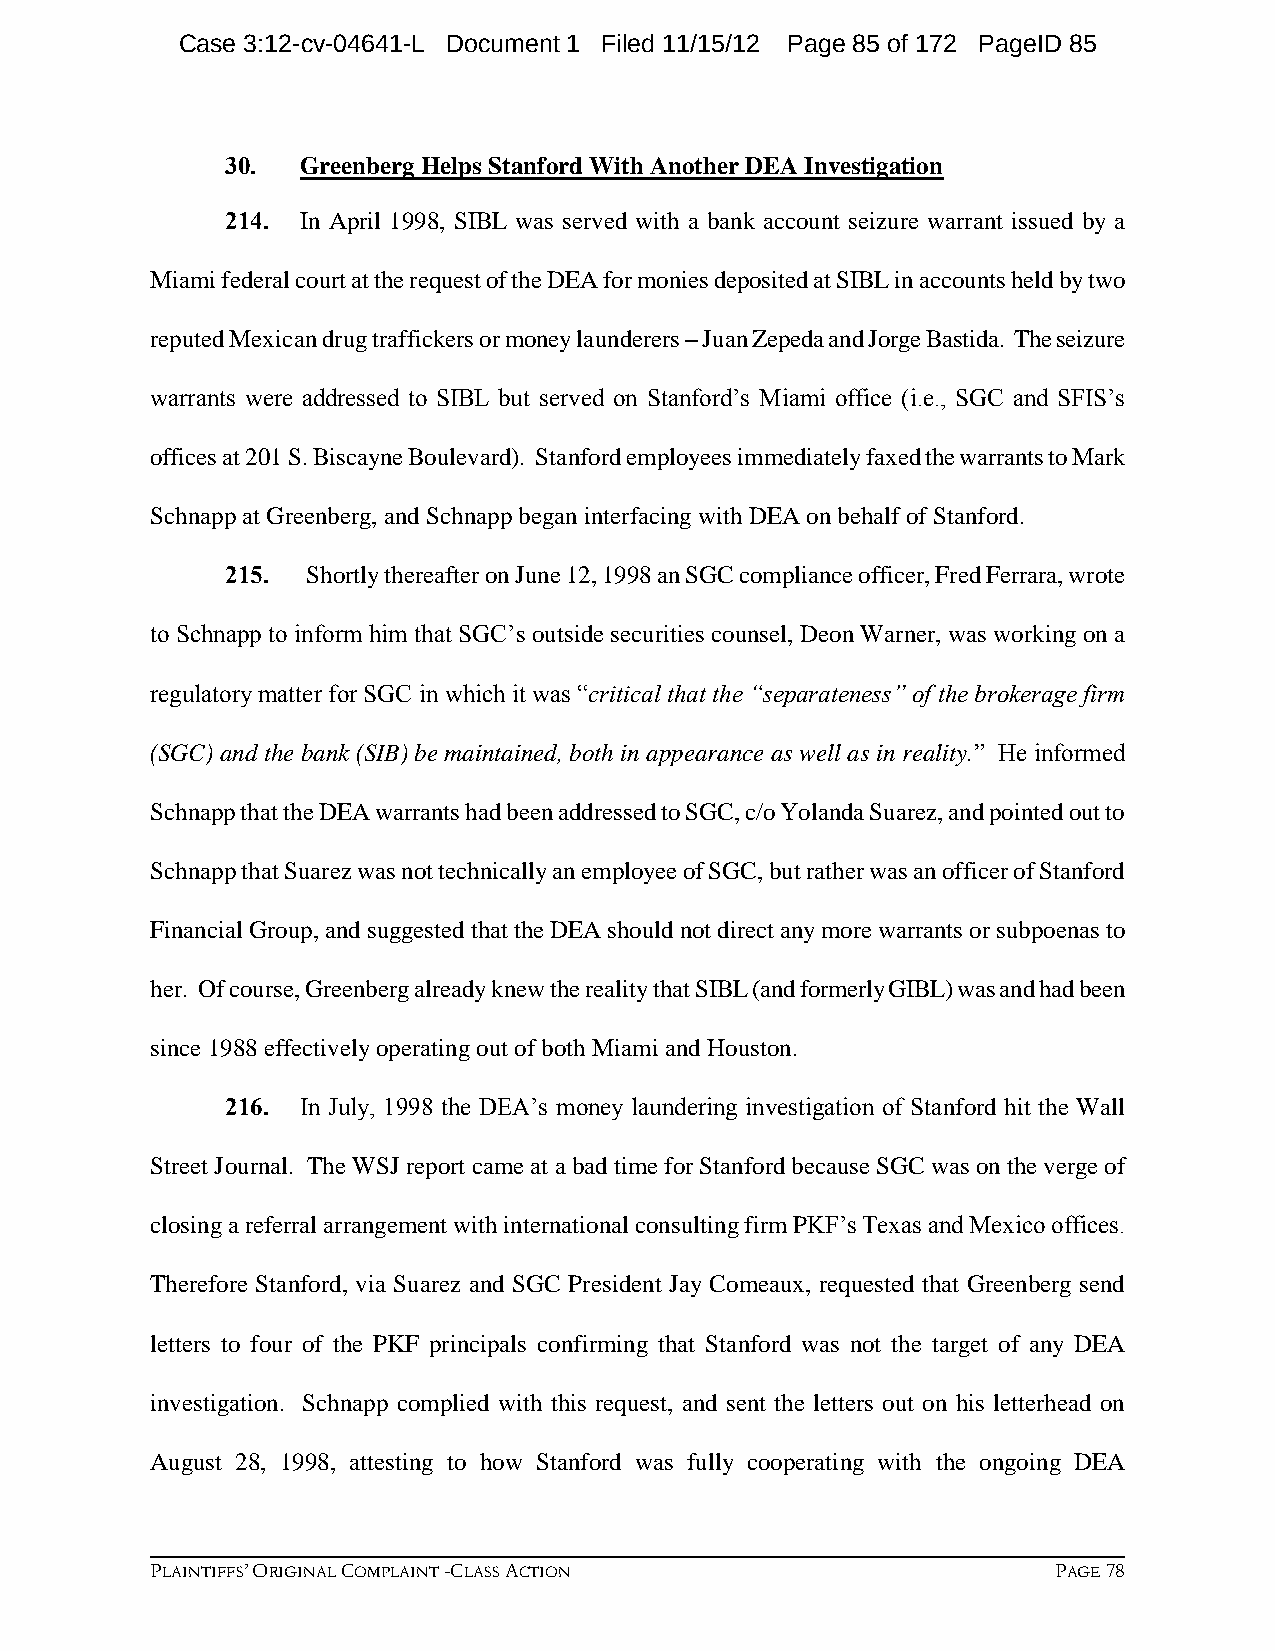
Case 3:12-cv-04641-L Document 1 Filed 11/15/12 Page 85 of 172 PageID 85
 30.  Greenberg Helps Stanford With Another DEA Investigation
 214. In April 1998, SIBL was served with a bank account seizure warrant issued by a
 Miami federal court at the request of the DEA for monies deposited at SIBL in accounts held by two
 reputed Mexican drug traffickers or money launderers – Juan Zepeda and Jorge Bastida. The seizure
 warrants were addressed to SIBL but served on Stanford’s Miami office (i.e., SGC and SFIS’s
 offices at 201 S. Biscayne Boulevard). Stanford employees immediately faxed the warrants to Mark
 Schnapp at Greenberg, and Schnapp began interfacing with DEA on behalf of Stanford.
 215. Shortly thereafter on June 12, 1998 an SGC compliance officer, Fred Ferrara, wrote
 to Schnapp to inform him that SGC’s outside securities counsel, Deon Warner, was working on a
 regulatory matter for SGC in which it was “critical that the “separateness” of the brokerage firm
 (SGC) and the bank (SIB) be maintained, both in appearance as well as in reality.” He informed
 Schnapp that the DEA warrants had been addressed to SGC, c/o Yolanda Suarez, and pointed out to
 Schnapp that Suarez was not technically an employee of SGC, but rather was an officer of Stanford
 Financial Group, and suggested that the DEA should not direct any more warrants or subpoenas to
 her. Of course, Greenberg already knew the reality that SIBL (and formerly GIBL) was and had been
 since 1988 effectively operating out of both Miami and Houston.
 216. In July, 1998 the DEA’s money laundering investigation of Stanford hit the Wall
 Street Journal. The WSJ report came at a bad time for Stanford because SGC was on the verge of
 closing a referral arrangement with international consulting firm PKF’s Texas and Mexico offices.
 Therefore Stanford, via Suarez and SGC President Jay Comeaux, requested that Greenberg send
 letters to four of the PKF principals confirming that Stanford was not the target of any DEA
 investigation. Schnapp complied with this request, and sent the letters out on his letterhead on
 August 28, 1998, attesting to how Stanford was fully cooperating with the ongoing DEA
 PLAINTIFFS’ ORIGINAL COMPLAINT -CLASS ACTION                PAGE 78